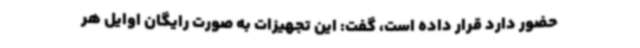
حضور دارد قرار داده است، گفت: این تجهیزات به صورت رایگان اوایل هر